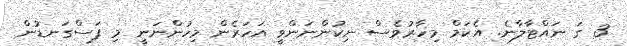
3 ގަ ނައްޓާލާނެ. އެކަމް މިހާރުވެސް ނިކުންނަންވީ އަހަރެން މިހުންނަނީ މި ފަސްގަނޑުން